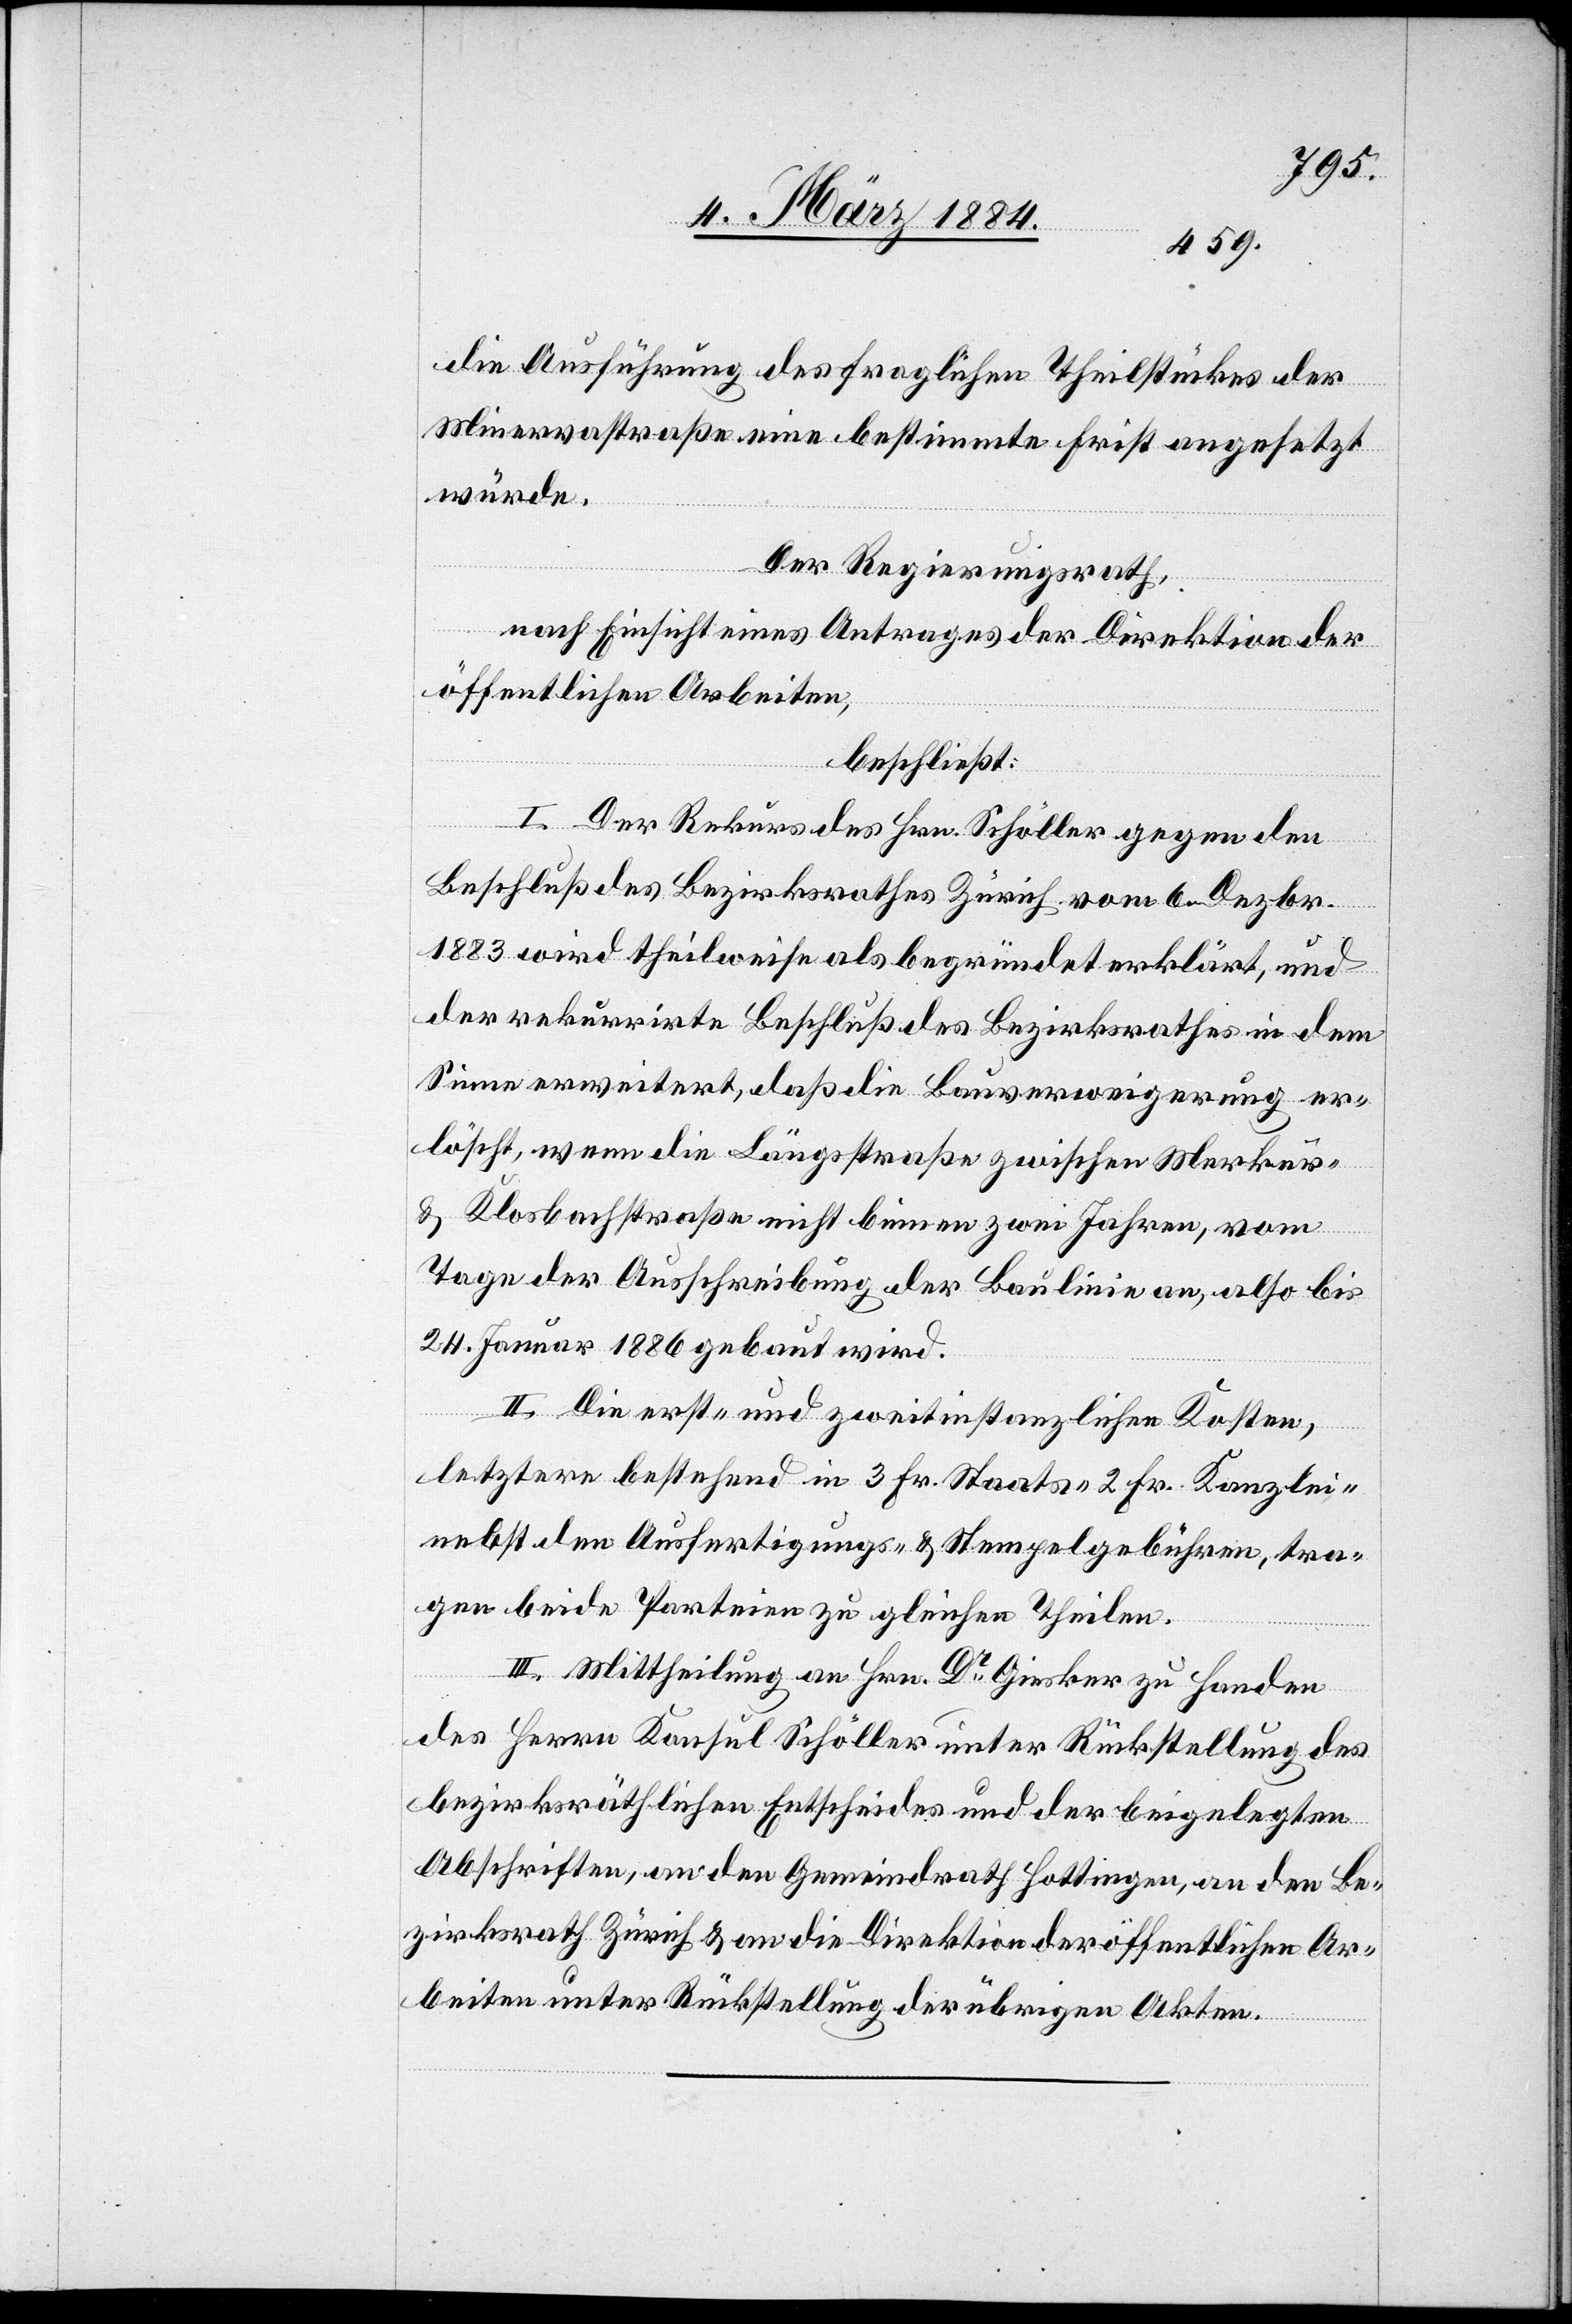
die Ausführung des fraglichen Theilstückes der
Minervastraße eine bestimmte Frist angesetzt
würde.
Der Regierungsrath,
nach Einsicht eines Antrages der Direktion der
öffentlichen Arbeiten,
beschließt:
I. Der Rekurs des Hrn. Schöller gegen den
Beschluß des Bezirksrathes Zürich vom 6. Dezbr.
1883 wird theilweise als begründet erklärt, und
der rekurrirte Beschluß des Bezirksrathes in dem
Sinne erweitert, daß die Bauverweigerung er¬
löscht, wenn die Längsstraße zwischen Merkur-
& Klosbachstraße nicht binnen zwei Jahren, vom
Tage der Ausschreibung der Baulinie an, also bis
24. Januar 1886 gebaut wird.
II. Die erst- und zweitinstanzlichen Kosten,
letztere bestehend in 3 Fr. Staats- 2 Fr. Kanzlei-
nebst den Ausfertigungs- & Stempelgebühren, tra¬
gen beide Parteien zu gleichen Theilen.
III. Mittheilung an Hrn. Dr Giesker zu Handen
des Herrn Konsul Schöller unter Rückstellung des
bezirksräthlichen Entscheides und der beigelegten
Abschriften, an den Gemeindrath Hottingen, an den Be¬
zirksrath Zürich & an die Direktion der öffentlichen Ar¬
beiten unter Rückstellung der übrigen Akten.